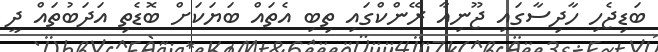
ބަޑިޖެހި ހާދިސާގައި ޖޫނިއާ ރޭންކްގައި ތިބި އެތައް ބަޔަކަށް ބޮޑެތި އަދަބުތައް ދީ